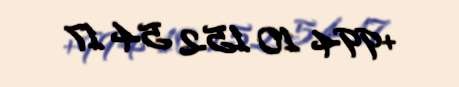
+994 10 152 54 17